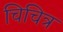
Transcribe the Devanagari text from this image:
चिचित्र